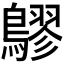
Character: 𪅡